Report of the Indian Hemp Drugs Commission, 1894-1895 - Volume V
Year: 1894
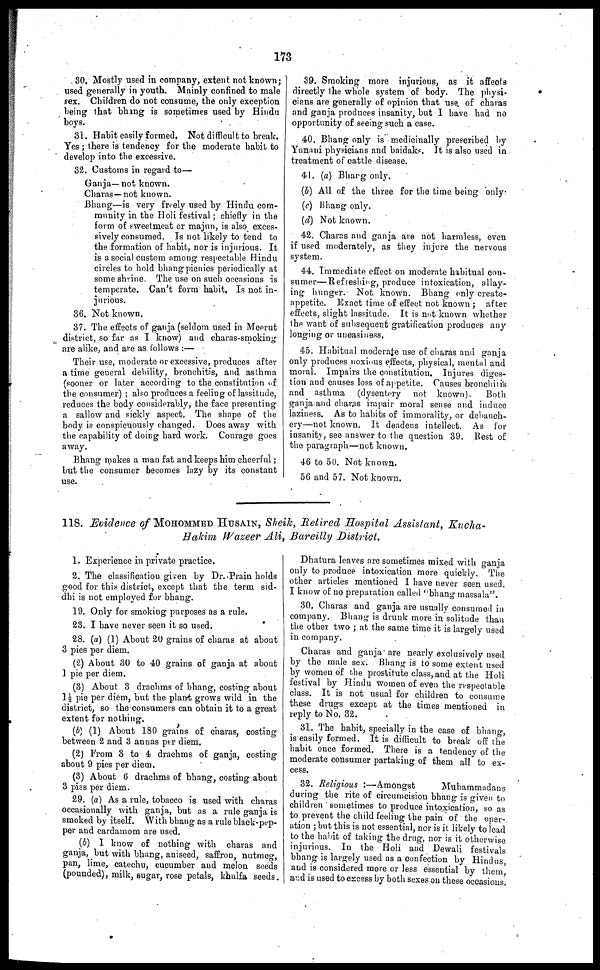
173
30. Mostly used in company, extent not known;
used generally in youth. Mainly confined to male
sex. Children do not consume, the only exception
being that bhang is sometimes used by Hindu
boys.
31. Habit easily formed. Not difficult to break.
Yes; there is tendency for the moderate habit to
develop into the excessive.
32. Customs in regard to—
Ganja— not known.
Charas—not known.
Bhang—is very freely used by Hindu com-
munity in the Holi festival; chiefly in the
form of sweetmeat or majun, is also exces-
sively consumed. Is not likely to tend to
the formation of habit, nor is injurious. It
is asocial custom among respectable Hindu
circles to hold bhang picnics periodically at
some shvine. The use on such occasions is
temperate. Can't form habit. Is not in-
jurious.
36. Not known.
37. The effects of ganja (seldom used in Meerut
district, so far as I know) and charas-smoking
are alike, and are as follows:—
Their use, moderate or excessive, produces after
a time general debility, bronchitis, and asthma
(sooner or later according to the constitution of
the consumer); also produces a feeling of lassitude,
reduces the body considerably, the face presenting
a sallow and sickly aspect. The shape of the
body is conspicuously changed. Does away with
the capability of doing hard work. Courage goes
away.
Bhang makes a man fat and keeps him cheerful;
but the consumer becomes lazy by its constant
use.
39. Smoking more injurious, as it affects
directly the whole system of body. The physi-
cians are generally of opinion that use of charas
and ganja produces insanity, but I have had no
opportunity of seeing such a case.
40. Bhang only is medicinally prescribed by
Yunani physicians and baidaks. It is also used in
treatment of cattle disease.
41. (a) Bharg only.
(b) All of the three for the time being only
(c) Bhang only.
(d) Not known.
42. Charas and ganja are not harmless, even
if used moderately, as they injure the nervous
system.
44. Immediate effect on moderate habitual con-
sumer—Refreshing, produce intoxication, allay-
ing hunger. Not known. Bhang only create-
appetite. Exact time of effect not known; after
effects, slight lassitude. It is not known whether
the want of subsequent gratification produces any
longing or uneasiness.
45. Habitual moderate use of charas and ganja
only produces noxious effects, physical, mental and
moral. Impairs the constitution. Injures diges-
tion and causes loss of appetite. Causes bronchitis
and asthma (dysentery not known).
Both
ganja and charas impair moral sense and induce
laziness. As to habits of immorality, or debauch-
ery—not known. It deadens intellect. As for
insanity, see answer to the question 39. Rest of
the paragraph—not known.
46 to 50. Not known.
56 and 57. Not known.
118. Evidence of MOHOMMED HUSAIN, Sheik, Retired Hospital Assistant, Kucha-
Hakim Wazeer Ali, Bareilly District.
1. Experience in private practice.
2. The classification given by Dr. Prain holds
good for this district, except that the term sid-
dhi is not employed for bhang.
19. Only for smoking purposes as a rule.
23. I have never seen it so used.
28. (a) (1) About 20 grains of charas at about
3 pies per diem.
(2) About 30 to 40 grains of ganja at about
1 pie per diem.
(3) About 3 drachms of bhang, costing about
1½ pie per diem, but the plant grows wild in the
district, so the consumers can obtain it to a great
extent for nothing.
(b) (1) About 180 grains of charas, costing
between 2 and 3 annas per diem.
(2) From 3 to 4 drachms of ganja, costing
about 9 pies per diem.
(3) About 6 drachms of bhang, costing about
3 pies per diem.
29. (a) As a rule, tobacco is used with charas
occasionally with ganja, but as a rule ganja is
smoked by itself. With bhang as a rule black-pep-
per and cardamom are used.
(b) I know of nothing with charas and
ganja, but with bhang, aniseed, saffron, nutmeg,
pan, lime, catechu, cucumber and melon seeds
(pounded), milk, sugar, rose petals, khulfa seeds.
Dhatura leaves are sometimes mixed with ganja
only to produce intoxication more quickly. The
other articles mentioned I have never seen used.
I know of no preparation called "bhang massala".
30. Charas and ganja are usually consumed in
company. Bhang is drunk more in solitude than
the other two; at the same time it is largely used
in company.
Charas and ganja are nearly exclusively used
by the male sex. Bhang is to some extent used
by women of the prostitute class, and at the Holi
festival by Hindu women of even the respectable
class. It is not usual for children to consume
these drugs except at the times mentioned in
reply to No. 32.
31. The habit, specially in the case of bhang,
is easily formed. It is difficult to break off the
habit once formed. There is a tendency of the
moderate consumer partaking of them all to ex-
cess.
32. Religious:—Amongst
Mubammadans
during the rite of circumcision bhang is given to
children sometimes to produce intoxication, so as
to prevent the child feeling the pain of the oper-
ation; but this is not essential, nor is it likely to lead
to the habit of taking the drug, nor is it otherwise
injurious. In the Holi and Dewali festivals
bhang is largely used as a confection by Hindus,
and is considered more or less essential by them,
and is used to excess by both sexes on these occasions,